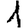
Digit: 1